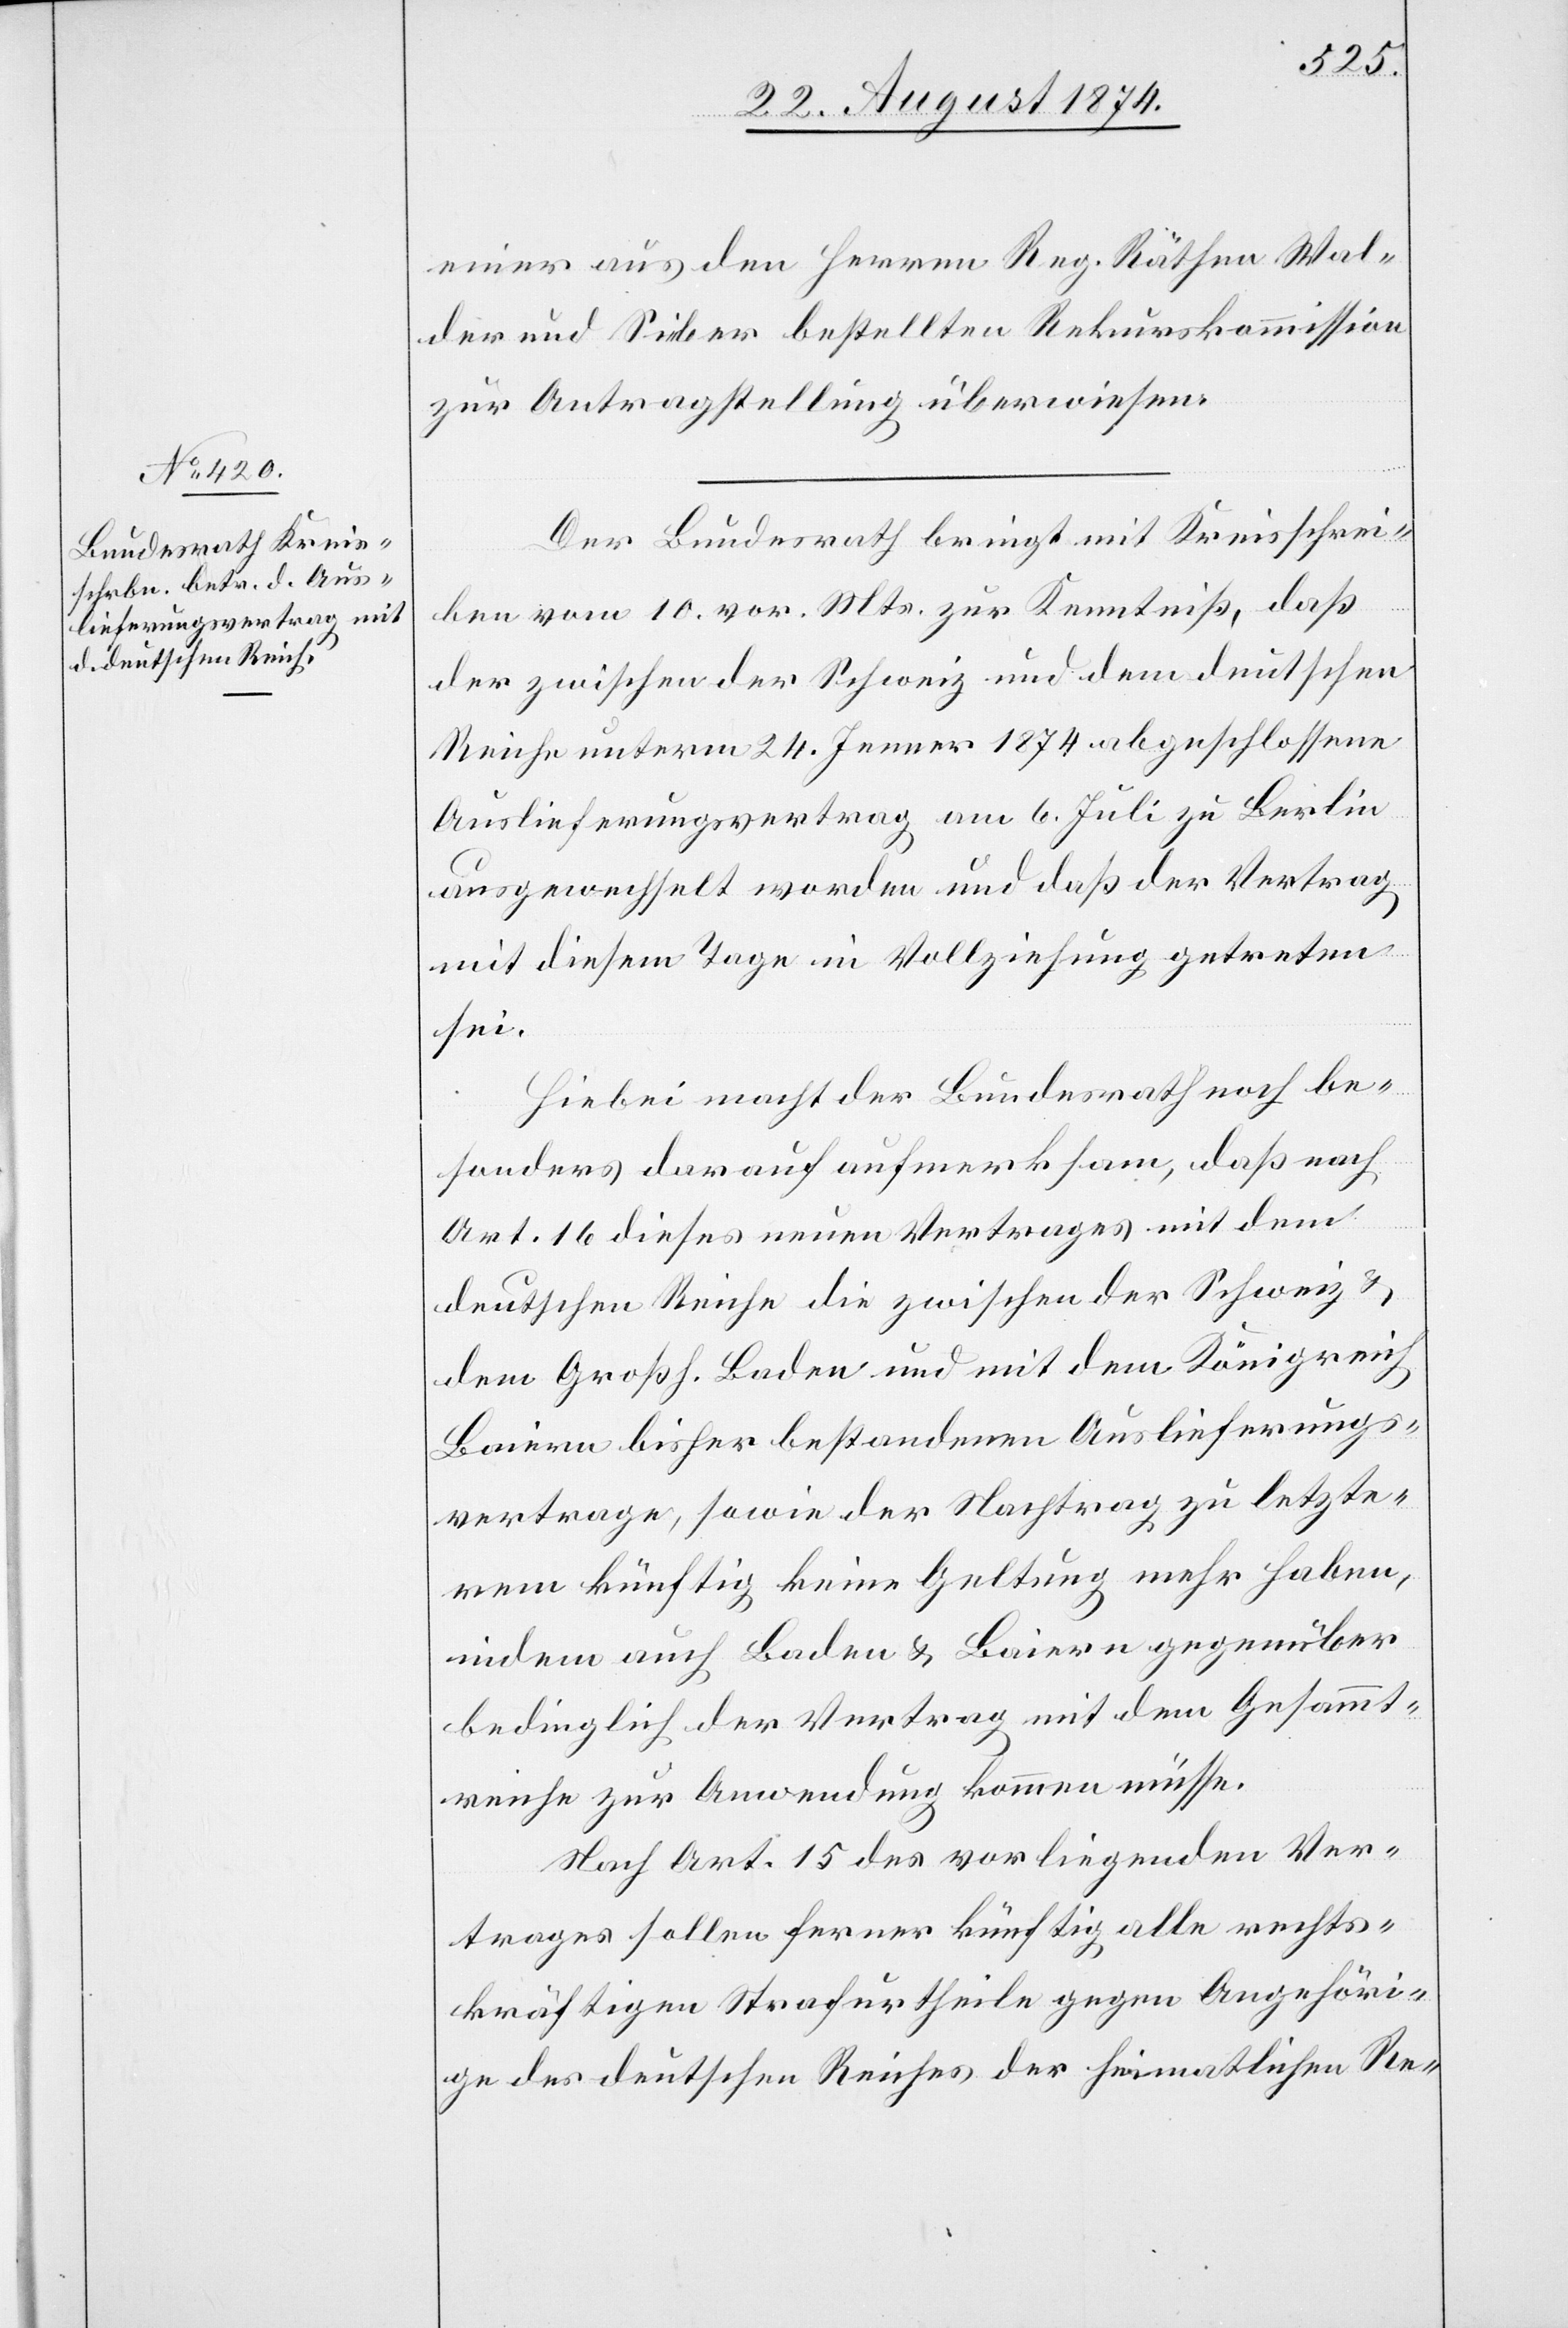
einer aus den Herren Reg. Räthen Wal¬
der und Sieber bestellten Rekurskommission
zur Antragstellung überwiesen.
Der Bundesrath bringt mit Kreisschrei¬
ben vom 10. vor. Mts. zur Kenntniß, daß
der zwischen der Schweiz und dem deutschen
Reiche unterm 24. Jenner 1874 abgeschlossene
Auslieferungsvertrag am 6. Juli zu Berlin
ausgewechselt worden und daß der Vertrag
mit diesem Tage in Vollziehung getreten
sei.
Hiebei macht der Bundesrath noch be¬
sonders darauf aufmerksam, daß nach
Art. 16 dieses neuen Vertrages mit dem
deutschen Reiche die zwischen der Schweiz u.
dem Großh. Baden und mit dem Königreich
Baiern bisher bestandenen Auslieferungs¬
vertrage [sic!], sowie der Nachtrag zu letzte¬
rem künftig keine Geltung mehr haben,
indem auch Baden u. Baiern gegenüber
bedinglich der Vertrag mit dem Gesammt¬
reiche zur Anwendung kommen müsse.
Nach Art. 15 des vorliegenden Ver¬
trages sollen ferner künftig alle rechts¬
kräftigen Strafurtheile gegen Angehöri¬
ge des deutschen Reiches der heimatlichen Re-